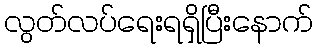
လွတ်လပ်ရေးရရှိပြီးနောက်